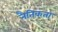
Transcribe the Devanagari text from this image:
नैतिकता